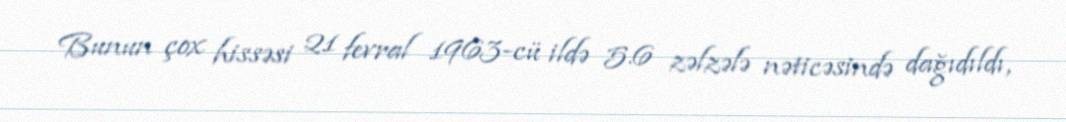
Bunun çox hissəsi 21 fevral 1963-cü ildə 5.6 zəlzələ nəticəsində dağıdıldı,